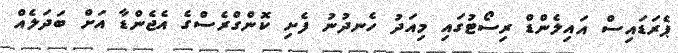
ޕެރަޑައިސް އައިލެންޑް ރިސޯޓުގައި މިއަދު ހެނދުނު ފެށި ކޮންގްރެސްގެ އެޖެންޑާ އަށް ބަދަލެއް